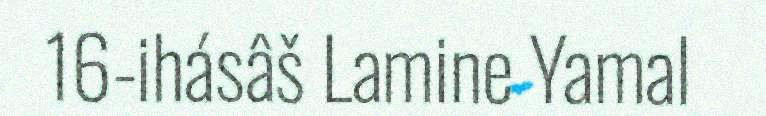
16-ihásâš Lamine Yamal